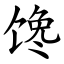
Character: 馋